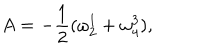
A = - \frac { 1 } { 2 } ( \omega _ { 2 } ^ { 1 } + \omega _ { 4 } ^ { 3 } ) ,